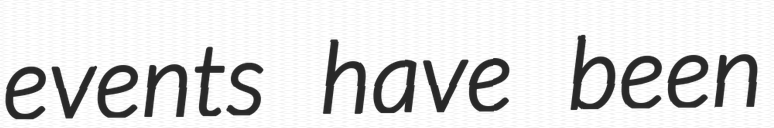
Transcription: events have been